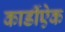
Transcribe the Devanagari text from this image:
कार्डीऐक